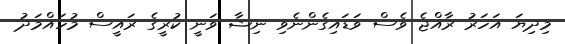
މިދިޔަ އަހަރު ރާއްޖެ ވެސް ވަޑައިގެންނެވި ނިޝާ ވަނީ ކުރީގެ ރައީސް މުހައްމަދު